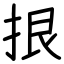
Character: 拫